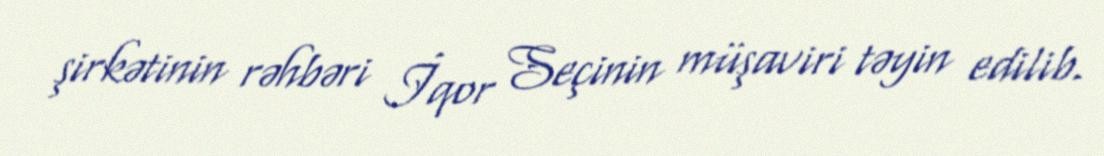
şirkətinin rəhbəri İqor Seçinin müşaviri təyin edilib.